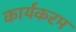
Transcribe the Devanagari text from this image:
कार्यकरम